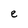
Character: e